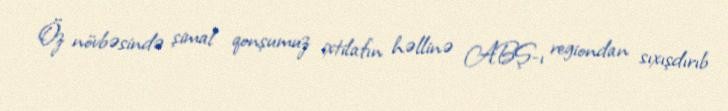
Öz növbəsində şimal qonşumuz ixtilafın həllinə ABŞ-ı regiondan sıxışdırıb